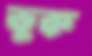
ভুক